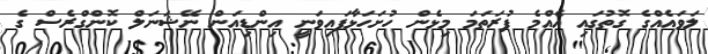
ލަވައެއްގެ ގޮތުގައި އެއްމެ ފުރަތަމަ މިޅެން ހުށަހަޅާފައިވަނީ އިންޑިއަން ނޭޝަނަލް ކޮންގްރެސް ގެ